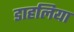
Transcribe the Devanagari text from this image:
डाहलिया